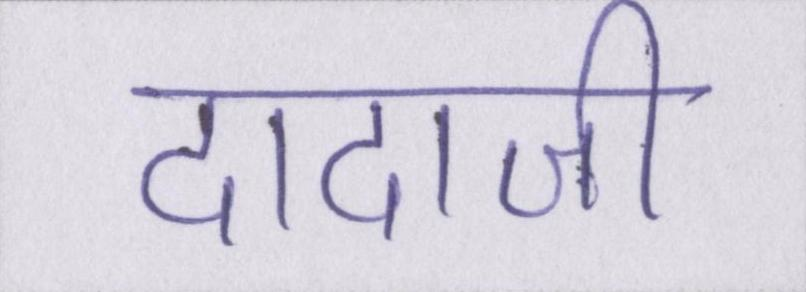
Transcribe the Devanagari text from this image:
दादाजी